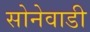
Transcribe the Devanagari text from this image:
सोनेवाडी